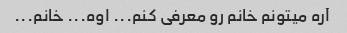
آره میتونم خانم رو معرفی کنم... اوه... خانم...